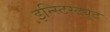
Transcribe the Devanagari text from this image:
इन्स्टिस्ट्यूट